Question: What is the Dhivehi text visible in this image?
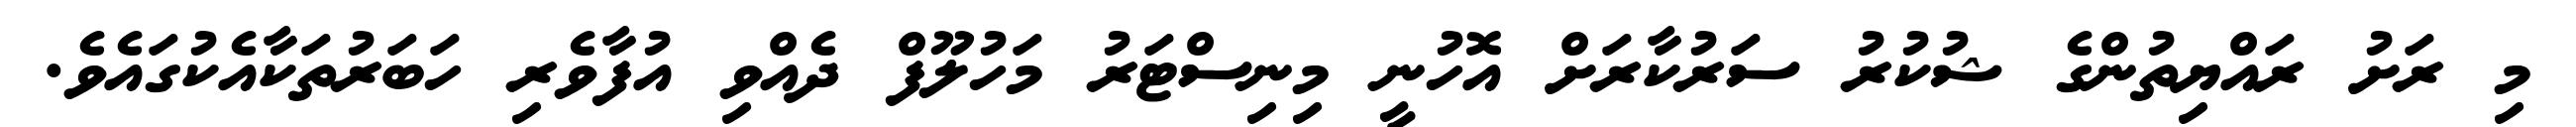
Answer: މި ރަށު ރައްޔިތުންގެ ޝުކުރު ސަރުކާރަށް އޮހުނީ މިނިސްޓަރު މަހުލޫފް ދެއްވި އުފާވެރި ހަބަރުތަކާއެކުގައެވެ.